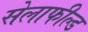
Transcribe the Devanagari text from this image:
सेलाफील्ड